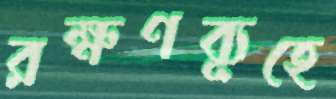
রক্ষণব্যূহে